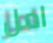
امل